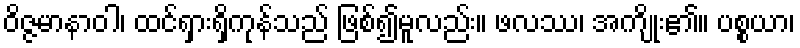
ဝိဇ္ဇမာနာဝါ၊ ထင်ရှားရှိကုန်သည် ဖြစ်၍မူလည်း။ ဖလဿ၊ အကျိုး၏။ ပစ္စယာ၊